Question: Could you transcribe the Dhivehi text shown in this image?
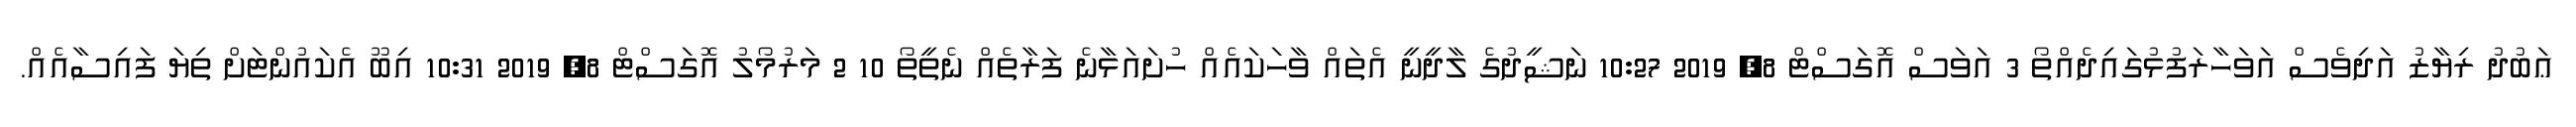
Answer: ޢަބުދު ރިޔާޒު އަދިވެސް އަވަހާރަފުޅުގައިދެއްތޯ 3 އަވަސް އޮގަސްޓް 8, 2019 10:27 ނަޝީދުގެ ލާދީނީ އެތައް ވާހަކައެއް ހުށައަޅާނެ ފަރާތެއް ނެތީތޯ 10 2 މަރުމޯލު އޮގަސްޓް 8, 2019 10:31 އިބޫ އެކައުންޓަށް ތިޔަ ފައިސާއެއް.